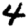
Digit: 4